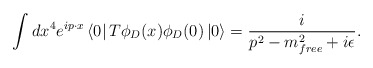
\begin{align*}\int dx^{4}e^{ip\cdot x}\left< 0\right| T\phi _{D}(x)\phi _{D}(0)\left| 0\right> =\frac{i}{p^{2}-m_{free}^{2}+i\epsilon }.\end{align*}